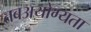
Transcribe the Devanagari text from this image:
तबअयोग्यता